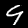
Label: 9